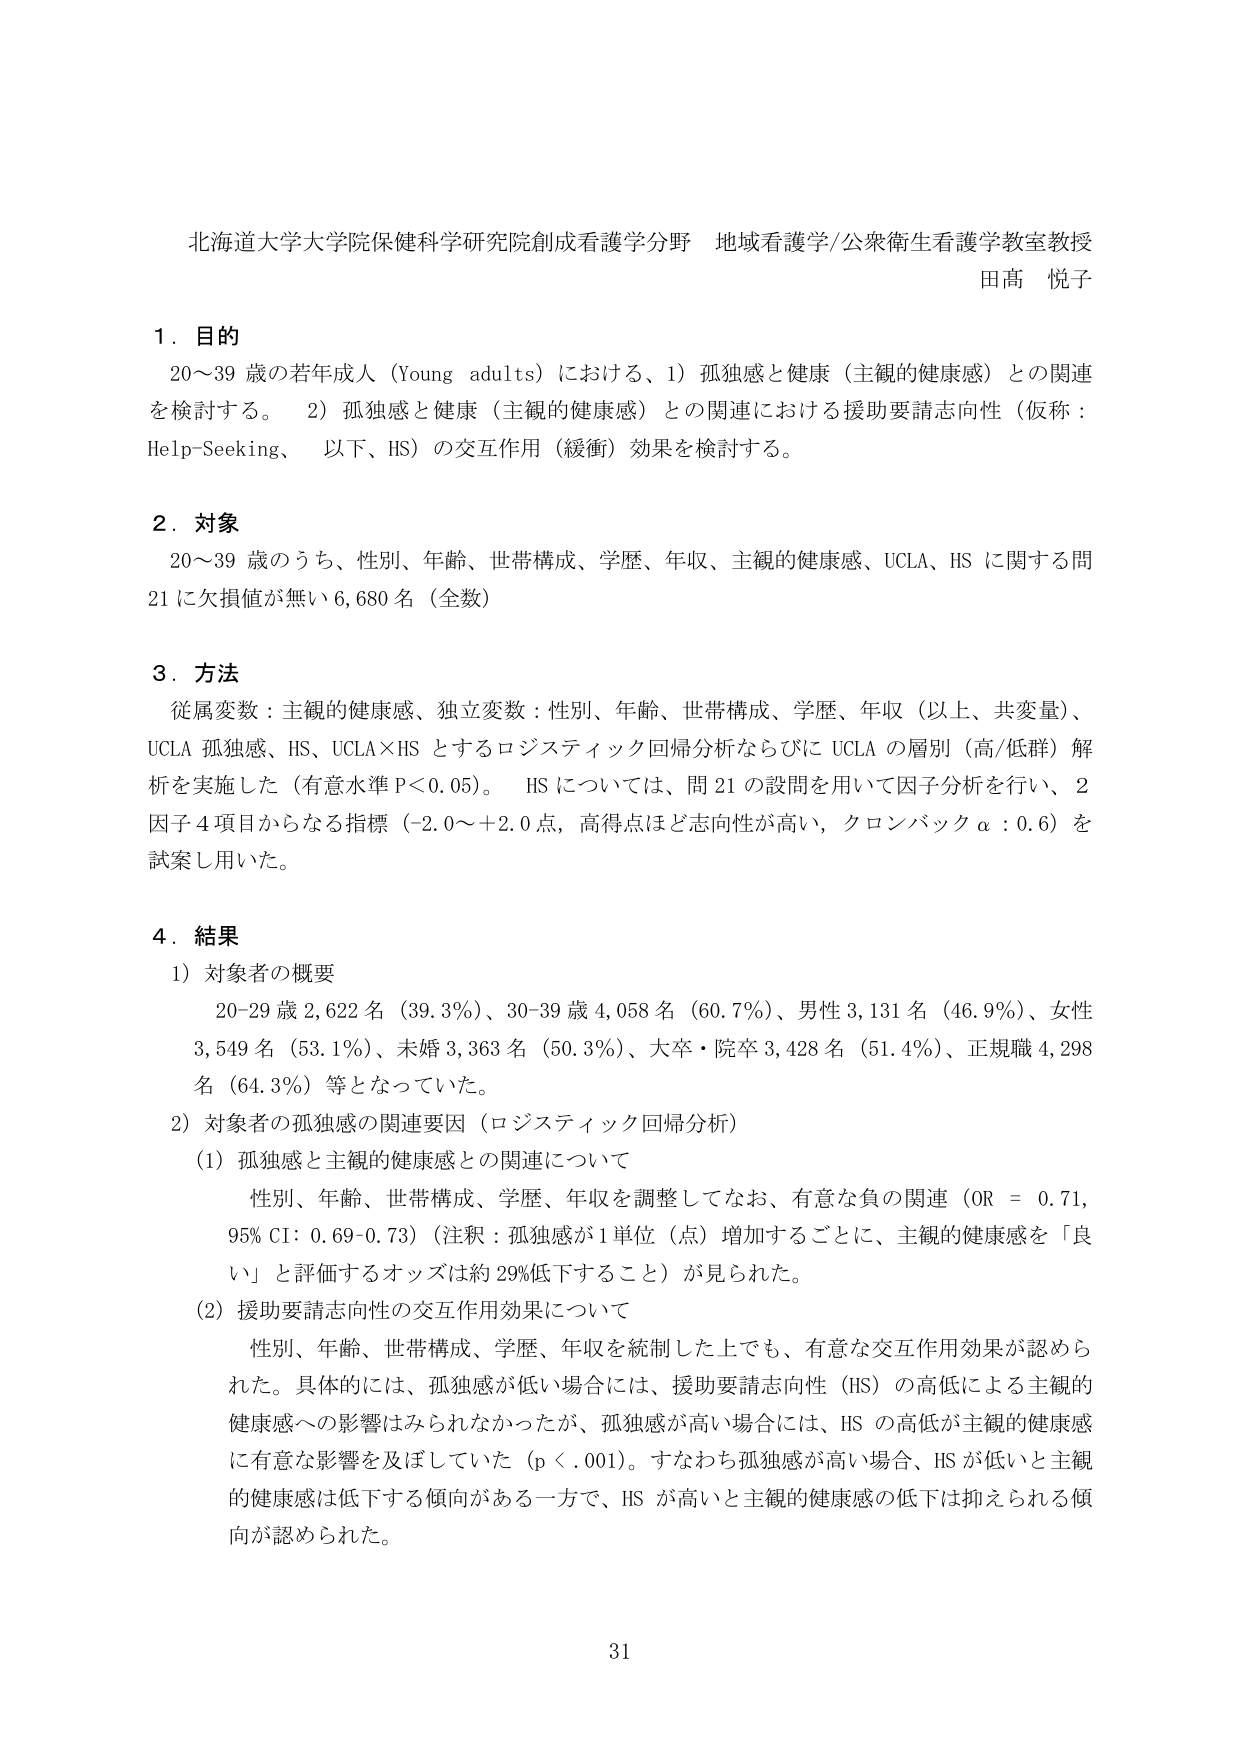
北海道大学大学院保健科学研究科創成看護学分野 地域看護学/公衆衛生看護学教室教授
田髙 悦子

1．目的
20～39 歳の若年成人（Young adults）における、1）孤独感と健康（主観的健康感）との関連を検討する。 2）孤独感と健康（主観的健康感）との関連における援助要請志向性（仮称：Help-Seeking、以下、HS）の交互作用（緩衝）効果を検討する。

2．対象
20～39 歳のうち、性別、年齢、世帯構成、学歴、年収、主観的健康感、UCLA、HS に関する問21 に欠損値が無い 6,680 名（全数）

3．方法
従属変数：主観的健康感、独立変数：性別、年齢、世帯構成、学歴、年収（以上、共変量）、UCLA 孤独感、HS、UCLA×HS とするロジスティック回帰分析ならびに UCLA の層別（高/低群）解析を実施した（有意水準 P＜0.05）。 HS については、問 21 の設問を用いて因子分析を行い、2 因子 4 項目からなる指標（-2.0～+2.0 点、高得点ほど志向性が高い、クロンバック α：0.6）を試案し用いた。

4．結果
1）対象者の概要
20-29 歳 2,622 名（39.3%）、30-39 歳 4,058 名（60.7%）、男性 3,131 名（46.9%）、女性 3,549 名（53.1%）、未婚 3,363 名（50.3%）、大卒・院卒 3,428 名（51.4%）、正規職 4,298 名（64.3%）等となっていた。

2）対象者の孤独感の関連要因（ロジスティック回帰分析）
（1）孤独感と主観的健康感との関連について
性別、年齢、世帯構成、学歴、年収を調整してなお、有意な負の関連（OR = 0.71, 95% CI：0.69-0.73）（注釈：孤独感が 1 単位（点）増加するごとに、主観的健康感を「良い」と評価するオッズは約 29%低下すること）が見られた。

（2）援助要請志向性の交互作用効果について
性別、年齢、世帯構成、学歴、年収を統制した上でも、有意な交互作用効果が認められた。具体的には、孤独感が低い場合には、援助要請志向性（HS）の高低による主観的健康感への影響はみられなかったが、孤独感が高い場合には、HS の高低が主観的健康感に有意な影響を及ぼしていた（p＜.001）。すなわち孤独感が高い場合、HS が低いと主観的健康感は低下する傾向がある一方で、HS が高いと主観的健康感の低下は抑えられる傾向が認められた。

31